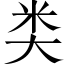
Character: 类